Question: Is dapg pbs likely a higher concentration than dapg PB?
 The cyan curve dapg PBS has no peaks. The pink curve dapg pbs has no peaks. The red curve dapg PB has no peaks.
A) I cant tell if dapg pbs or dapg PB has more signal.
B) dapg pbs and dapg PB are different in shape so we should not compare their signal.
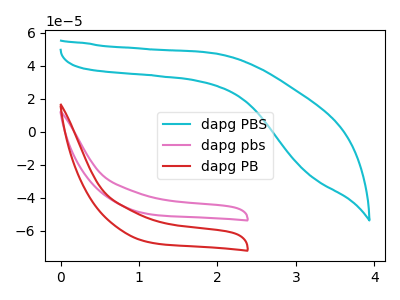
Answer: <think>Neither "dapg pbs" or "dapg PB" have any peaks.
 </think>
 <answer>A) I cant tell if "dapg pbs" or "dapg PB" has more signal.</answer>
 <eval>A</eval>